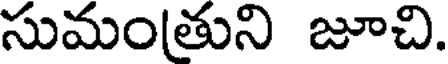
సుమంతుని జూచి.